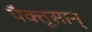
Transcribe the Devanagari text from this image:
पैक्तूसान्